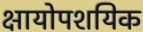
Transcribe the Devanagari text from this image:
क्षायोपशयिक